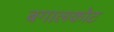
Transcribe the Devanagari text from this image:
बगालकोट